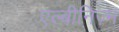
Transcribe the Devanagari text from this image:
एल्बीनिज़्म